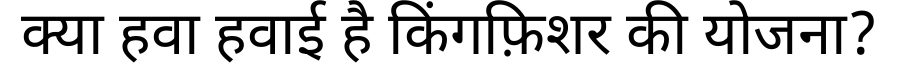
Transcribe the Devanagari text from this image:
क्या हवा हवाई है किंगफ़िशर की योजना?